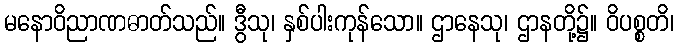
မနောဝိညာဏဓာတ်သည်။ ဒွီသု၊ နှစ်ပါးကုန်သော။ ဌာနေသု၊ ဌာနတို့၌။ ဝိပစ္စတိ၊